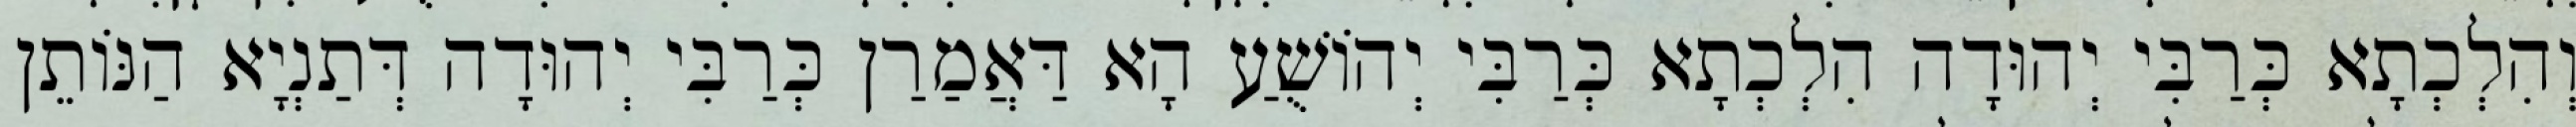
וְהִלְכְתָא כְּרַבִּי יְהוּדָה הִלְכְתָא כְּרַבִּי יְהוֹשֻׁעַ הָא דַּאֲמַרַן כְּרַבִּי יְהוּדָה דְּתַנְיָא הַנּוֹתֵן